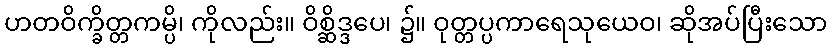
ဟတဝိက္ခိတ္တကမ္ပိ၊ ကိုလည်း။ ဝိစ္ဆိဒ္ဒပေ၊ ၌။ ဝုတ္တပ္ပကာရေသုယေဝ၊ ဆိုအပ်ပြီးသော